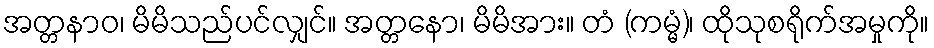
အတ္တနာဝ၊ မိမိသည်ပင်လျှင်။ အတ္တနော၊ မိမိအား။ တံ (ကမ္မံ)၊ ထိုသုစရိုက်အမှုကို။